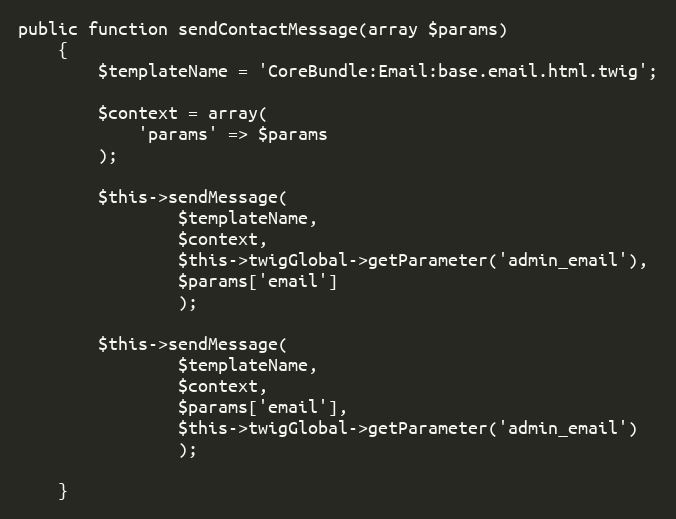
Language: PHP
public function sendContactMessage(array $params)
    {
        $templateName = 'CoreBundle:Email:base.email.html.twig';

        $context = array(
            'params' => $params
        );

        $this->sendMessage(
                $templateName,
                $context,
                $this->twigGlobal->getParameter('admin_email'),
                $params['email']
                );

        $this->sendMessage(
                $templateName,
                $context,
                $params['email'],
                $this->twigGlobal->getParameter('admin_email')
                );

    }